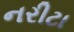
નરીટા